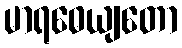
မာရဓေယျတော